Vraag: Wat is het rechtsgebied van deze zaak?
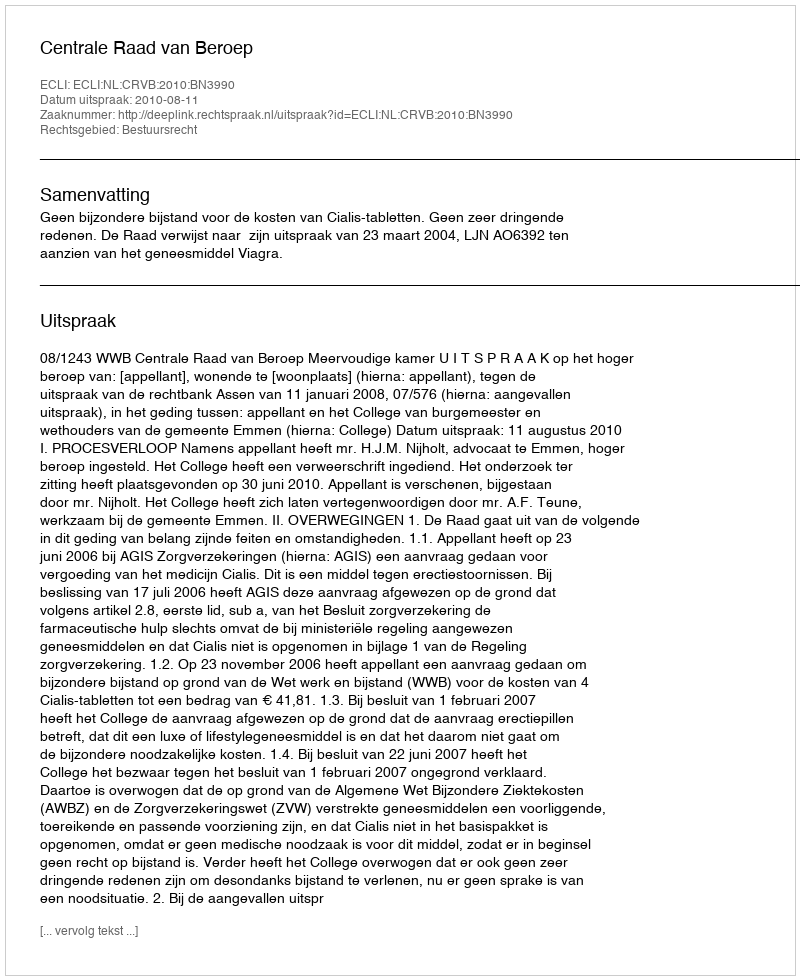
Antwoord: Bestuursrecht